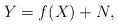
LaTeX: \begin{align*} Y = f(X) + N, \end{align*}